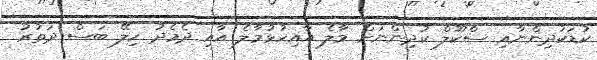
ކުޑަކުދިންނާއި ސްކޫލް ކުދިންނަށް މާލެ އާއިހުޅުމާލެ އާއި ދެމެދު ހިލޭ ބަސް ދަތުރު